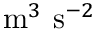
\mathrm { m } ^ { 3 } \ \mathrm { s } ^ { - 2 }